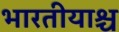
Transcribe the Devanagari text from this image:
भारतीयाश्च